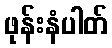
ဖုန်းနံပါတ်